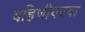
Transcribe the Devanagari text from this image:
बहिणीवरचा